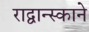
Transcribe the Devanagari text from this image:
राद्वान्स्काने